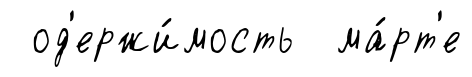
од'ержи́мость ма́рт'е